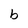
Character: O